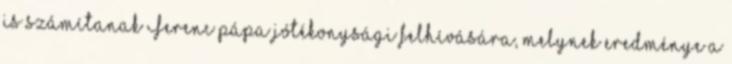
is számítanak Ferenc pápa jótékonysági felhívására, melynek eredménye a